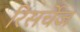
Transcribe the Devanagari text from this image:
रिसर्चेज